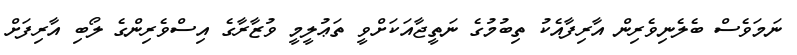
ނަމަވެސް ބެލެނިވެރިން އާރިފާއެކު ތިބުމުގެ ނަތީޖާއަކަށްވީ ތަޢުލީމީ ވުޒާރާގެ އިސްވެރިންގެ ލޯބި އާރިފަށް